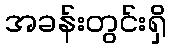
အခန်းတွင်းရှိ